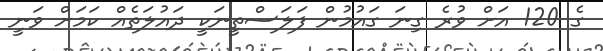
ގެ 120 އަށް ވުރެ ގިނަ ގައުމުން ފަލަސްތީނަކީ ދައުލަތެއް ކަމަށް ވަނީ